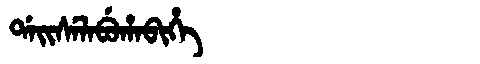
Manchu: ᡩᠠᡳᠰᡝᠯᠠᠪᡠᡥᠠᠪᡳᡥᡝ
Romanization: DAISELABUHABIHE